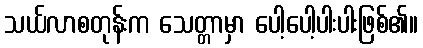
သယ်လာစတုန်းက သေတ္တာမှာ ပေါ့ပေါ့ပါးပါးဖြစ်၏။